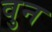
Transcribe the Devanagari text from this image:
वुन